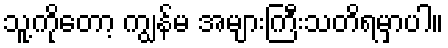
သူ့ကိုတော့ ကျွန်မ အများကြီးသတိရမှာပါ။